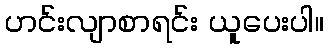
ဟင်းလျာစာရင်း ယူပေးပါ။